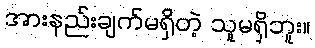
အားနည်းချက်မရှိတဲ့ သူမရှိဘူး။